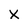
Character: X